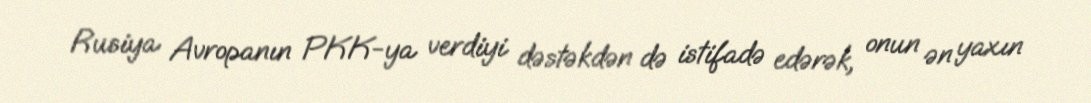
Rusiya Avropanın PKK-ya verdiyi dəstəkdən də istifadə edərək, onun ən yaxın